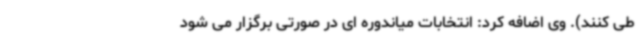
طی کنند). وی اضافه کرد: انتخابات میاندوره ای در صورتی برگزار می شود